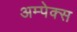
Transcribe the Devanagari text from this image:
अम्पेक्स